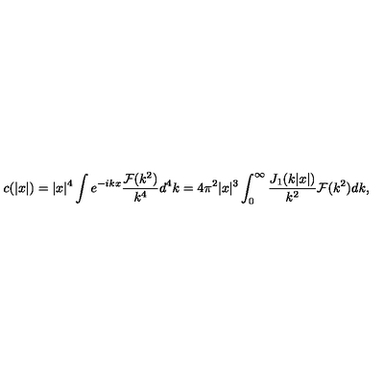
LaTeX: c ( | x | ) = | x | ^ { 4 } \int e ^ { - i k x } \frac { { \cal F } ( k ^ { 2 } ) } { k ^ { 4 } } d ^ { 4 } k = 4 \pi ^ { 2 } | x | ^ { 3 } \int _ { 0 } ^ { \infty } \frac { J _ { 1 } ( k | x | ) } { k ^ { 2 } } { \cal F } ( k ^ { 2 } ) d k ,